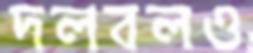
দলবলও